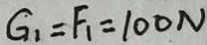
G _ { 1 } = F _ { 1 } = 1 0 0 N